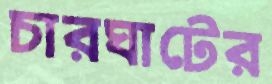
চারঘাটের